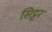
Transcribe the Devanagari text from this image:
सिट्टर